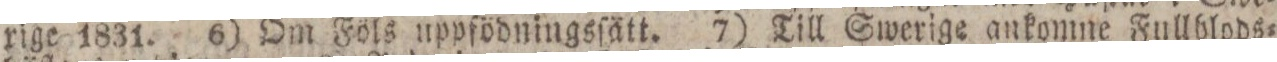
rige 1831. 6) Om Föls uppfödningsſätt. 7) Till Swerige ankomne Fullblods=